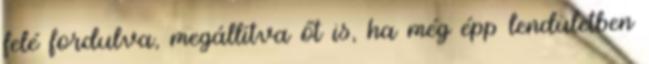
felé fordulva, megállítva őt is, ha még épp lendületben